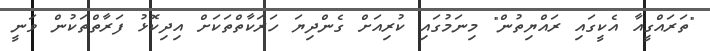
"ތަރައްގީއާ އެކީގައި ރައްޔިތުން" މިނަމުގައި ކުރިއަށް ގެންދިޔަ ހަރަކާތްތަކަށް އިދިކޮޅު ފަރާތްތަކުން ވަނީ